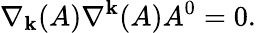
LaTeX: \nabla_{\mathbf{k}}(A)\nabla^{\mathbf{k}}(A)A^{0}=0.